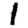
Digit: 1